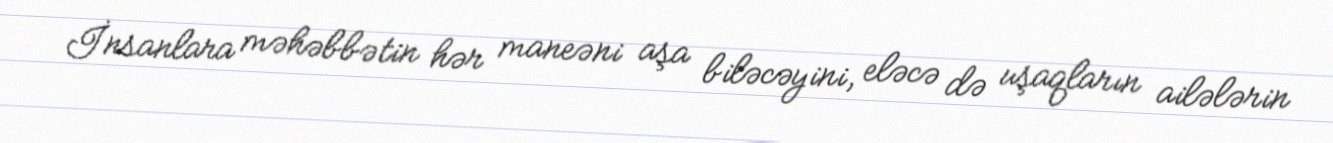
İnsanlara məhəbbətin hər maneəni aşa biləcəyini, eləcə də uşaqların ailələrin